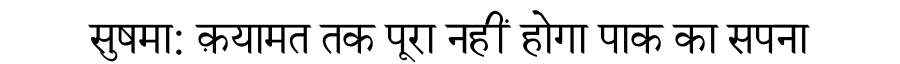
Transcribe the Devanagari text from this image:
सुषमा: क़यामत तक पूरा नहीं होगा पाक का सपना